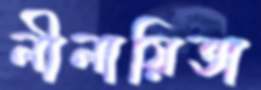
লীলায়িতা